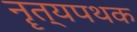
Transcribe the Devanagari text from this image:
नॄत्यपथक